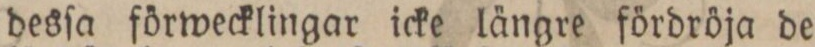
desſa förwecklingar icke längre fördröja de